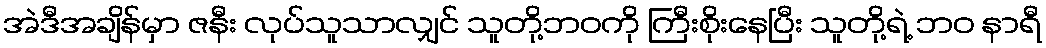
အဲဒီအချိန်မှာ ဇနီး လုပ်သူသာလျှင် သူတို့ဘဝကို ကြီးစိုးနေပြီး သူတို့ရဲ့ ဘဝ နာရီ